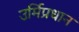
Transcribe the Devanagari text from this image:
उर्मिप्रधान